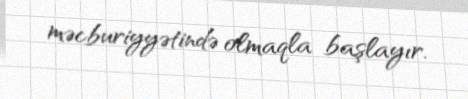
məcburiyyətində olmaqla başlayır.